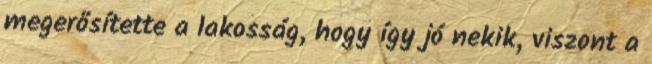
megerősítette a lakosság, hogy így jó nekik, viszont a